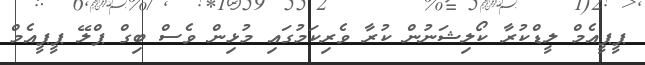
ޕީޕީއެމް ލީޑްކުރާ ކޯލިޝަނުން ކުރާ ވެރިކަމުގައި މުޅިން ވެސް ބިގް ޕްލޭ ޕީޕީއެމް